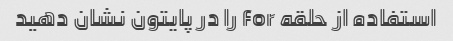
استفاده از حلقه for را در پایتون نشان دهید